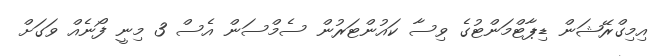
އިމިގްރޭޝަން ޑިޕާޓްމަންޓުގެ ވިސާ ކައުންޓަރުން ސެމްސަން އެސް 3 މިނީ ފޯނެއް ވަގަށް